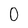
Character: 0